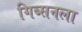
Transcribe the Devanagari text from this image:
गिब्सनला